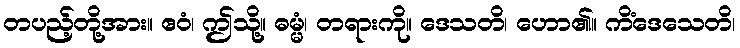
တပည့်တို့အား။ ဧဝံ၊ ဤသို့။ ဓမ္မံ၊ တရားကို။ ဒေသတိ၊ ဟော၏။ ကိံဒေသေတိ၊